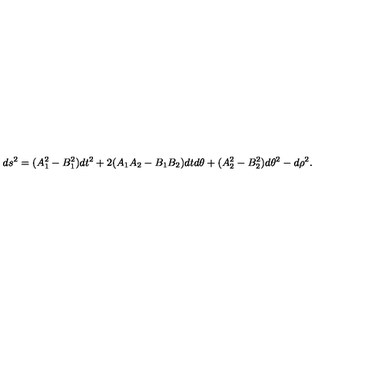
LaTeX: d s ^ { 2 } = ( A _ { 1 } ^ { 2 } - B _ { 1 } ^ { 2 } ) d t ^ { 2 } + 2 ( A _ { 1 } A _ { 2 } - B _ { 1 } B _ { 2 } ) d t d \theta + ( A _ { 2 } ^ { 2 } - B _ { 2 } ^ { 2 } ) d \theta ^ { 2 } - d \rho ^ { 2 } .